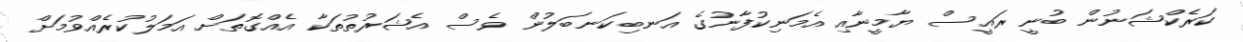
ކަރެކްޝަނުން ބުނީ ރައީސް ޔާމީނާއި އެމަނިކުފާނުގެ އަނބިކަނބަލުން ވެސް އެޝަރުތުތަކާ އެއްގޮތަށް އަމަލުކުރެއްވުމަށް